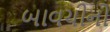
બાવચીનો